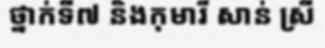
ថ្នាក់ទី៧ និងកុមារី សាន់ ស្រី